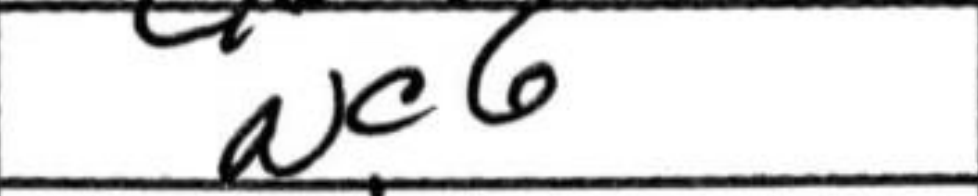
Transcription: Nc6